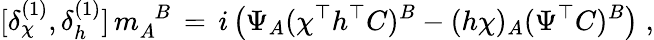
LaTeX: [\delta_{\chi}^{(1)},\delta_{h}^{(1)}]\, m_{A}^{\phantom{A}B}\, =\, i\left(\Psi_{A}(\chi^{\top}h^{\top}C)^{B}-(h\chi)_{A}(\Psi^{\top}C)^{B}\right)\; ,